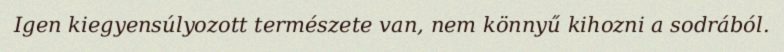
Igen kiegyensúlyozott természete van, nem könnyű kihozni a sodrából.